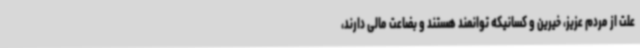
علت از مردم عزیز، خیرین و کسانیکه توانمند هستند و بضاعت مالی دارند،